Scottish Certificate of Education, 1963
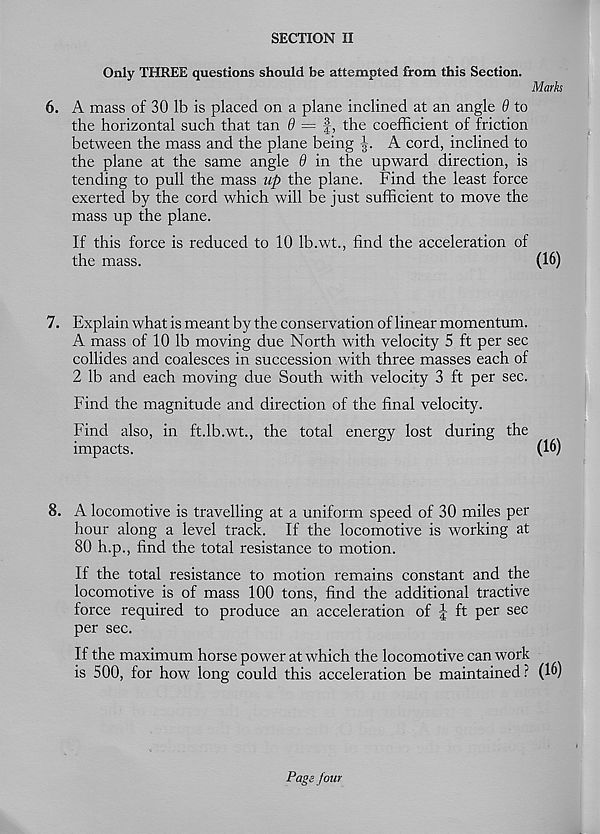
SECTION II
Only THREE questions should be attempted from this Section.
Mark
6. A mass of 30 lb is placed on a plane inclined at an angle 9 to
the horizontal such that tan 9 — f, the coefficient of friction
between the mass and the plane being
A cord, inclined to
the plane at the same angle 9 in the upward direction, is
tending to pull the mass up the plane. Find the least force
exerted by the cord which will be just sufficient to move the
mass up the plane.
If this force is reduced to 10 Ib.wt., find the acceleration of
the mass.
(16)
7. Explain what is meant by the conservation of linear momentum.
A mass of 10 lb moving due North with velocity 5 ft per sec
collides and coalesces in succession with three masses each of
2 lb and each moving due South with velocity 3 ft per sec.
Find the magnitude and direction of the final velocity.
Find also, in ft.Ib.wt., the total energy lost during the
impacts.
(16)
8. A locomotive is travelling at a uniform speed of 30 miles per
hour along a level track. If the locomotive is working at
80 h.p., find the total resistance to motion.
If the total resistance to motion remains constant and the
locomotive is of mass 100 tons, find the additional tractive
force required to produce an acceleration of J ft per sec
per sec.
If the maximum horse power at which the locomotive can work
is 500, for how long could this acceleration be maintained ? (h>)
Pags four